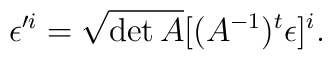
\epsilon'^{i}=\sqrt{\det A}[(A^{-1})^{t}\epsilon]^{i}.